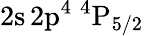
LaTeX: \mathrm{2s\, 2p^{4}~^{4}P_{5/2}}